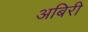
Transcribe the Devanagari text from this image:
अबिरी